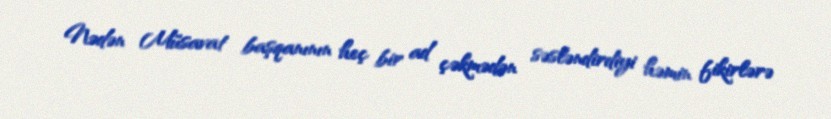
Nədən Müsavat başqanının heç bir ad çəkmədən səsləndirdiyi həmin fikirlərə